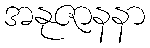
အနုဇာနနာ